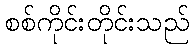
စစ်ကိုင်းတိုင်းသည်